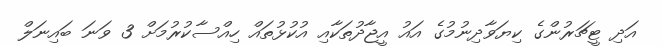
އަދި ޓީޗަރުންގެ ކިޔަވާދިނުމުގެ އައު އީޖާދުތަކާއި އުކުޅުތައް ހިއްސާކުރުމަށް 3 ވަނަ ބައިނަލް